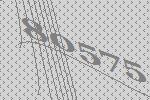
80575